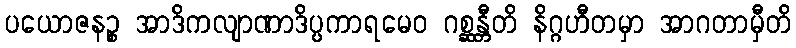
ပယောဇနဉ္စ အာဒိကလျာဏာဒိပ္ပကာရမေဝ ဂစ္ဆန္တီတိ နိဂ္ဂဟီတမှာ အာဂတာမှီတိ